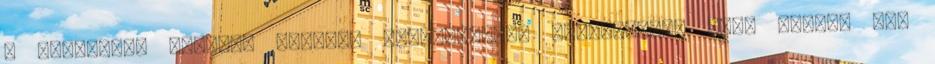
a Bluetooth vezeték nélküli szolgáltatás PIN-kódját, majd nyomja meg